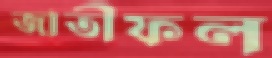
জাতীফল